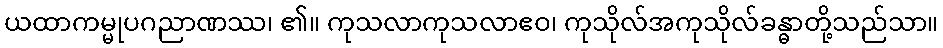
ယထာကမ္မုပဂညာဏဿ၊ ၏။ ကုသလာကုသလာဧဝ၊ ကုသိုလ်အကုသိုလ်ခန္ဓာတို့သည်သာ။